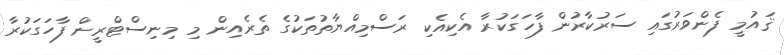
ޤައުމީ ފެންވަރުގައި ސަރުކާރުން ފާހަގަކުރާ އެކިއެކި ރަސްމިއްޔާތުތަކުގެ ތެރެއިން މި މިނިސްޓްރީން ފާހަގަކުރާ